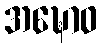
အဍ္ဎောဝ